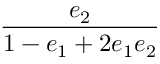
\displaystyle \frac { e _ { 2 } } { 1 - e _ { 1 } + 2 e _ { 1 } e _ { 2 } }